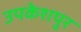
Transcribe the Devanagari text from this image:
उपकेशपुर